Account of plague administration in the Bombay Presidency from September 1896 till May 1897
Year: 1896
Disease focus: Plague
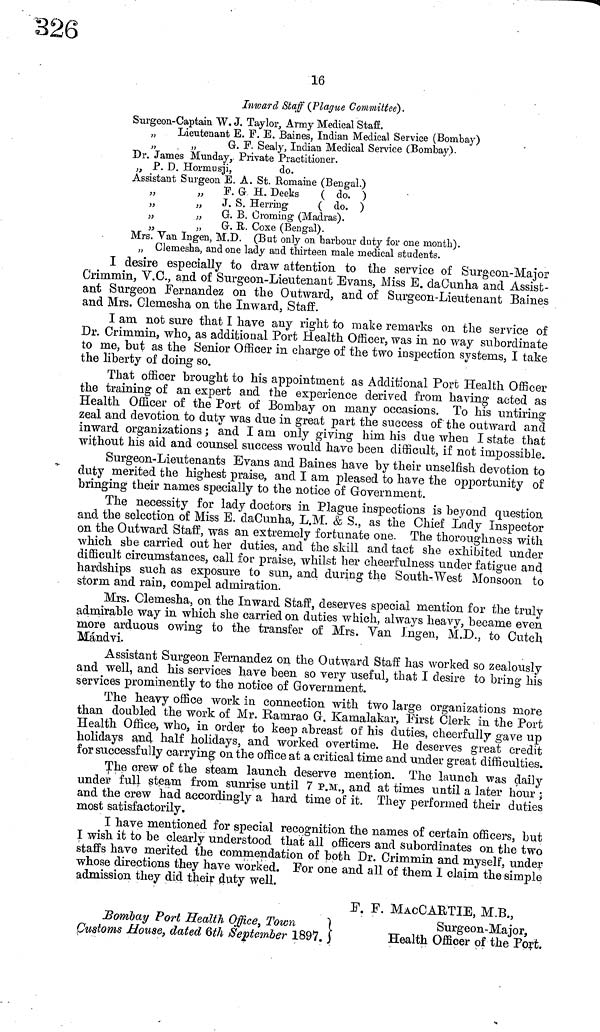
16
Inward Staff (Plague Committee).
Surgeon-Captain W. J. Taylor, Army Medical Staff.
„
Lieutenant E. F. E. Baines, Indian Medical Service (Bombay)
„
„
G. F. Sealy, Indian Medical Service (Bombay).
Dr. James Munday, Private Practitioner.
„ P. D. Hormusji,
do.
Assistant Surgeon E. A. St. Romaine (Bengal.)
„
F. G H. Deeks
( do. )
„
„
J. S. Herring
( do. )
„
„ G. B. Croming (Madras).
„
„
G. R. Coxe (Bengal).
Mrs. Van Ingen, M.D. (But only on harbour duty for one month).
„ Clemesha, and one lady and thirteen male medical students.
I desire especially to draw attention to the service of Surgeon-Major
Crimmin, V.O., and of Surgeon-Lieutenant Evans, Miss E. daCunha and Assist-
ant Surgeon Fernandez on the Outward, and of Surgeon-Lieutenant Baines
and Mrs. Clemesha on the Inward, Staff.
I am not sure that I have any right to make remarks on the service of
Dr. Crimmin, who, as additional Port Health Officer, was in no way subordinate
to me, but as the Senior Officer in charge of the two inspection systems, I take
the liberty of doing so.
That officer brought to his appointment as Additional Port Health Officer
the training of an expert and the experience derived from having acted as
Health Officer of the Port of Bombay on many occasions. To his untiring
zeal and devotion to duty was due in great part the success of the outward and
inward organizations ; and I am only giving him his due when I state that
without his aid and counsel success would have been difficult, if not impossible.
Surgeon-Lieutenants Evans and Baines have by their unselfish devotion to
duty merited the highest praise, and I am pleased to have the opportunity of
bringing their names specially to the notice of Government.
The necessity for lady doctors in Plague inspections is beyond question
and the selection of Miss E. daCunha, L.M. & S., as the Chief Lady Inspector
on the Outward Staff, was an extremely fortunate one. The thoroughness with
which she carried out her duties, and the skill and tact she exhibited under
difficult circumstances, call for praise, whilst her cheerfulness under fatigue and
hardships such as exposure to sun, and during the South-West Monsoon to
storm and rain, compel admiration.
Mrs. Clemesha, on the Inward Staff, deserves special mention for the truly
admirable way in which she carried on duties which, always heavy, became even
more arduous owing to the transfer of Mrs. Yan Ingen, M.D., to dutch
Màndvi.
Assistant Surgeon Fernandez on the Outward Staff has worked so zealously
and well, and his services have been so very useful, that I desire to bring his
services prominently to the notice of Government.
The heavy office work in connection with two large organizations more
than doubled the work of Mr. Ramrao G. Kamalakar, First Clerk in the Port
Health Office, who, in order to keep abreast of his duties, cheerfully gave up
holidays and half holidays, and worked overtime. He deserves great credit
for successfully carrying on the office at a critical time and under great difficulties.
The crew of the steam launch deserve mention. The launch was daily
under full steam from sunrise until 7 P.M., and at times until a later hour ;
and the crew had accordingly a hard time of it. They performed their duties
most satisfactorily,
I have mentioned for special recognition the names of certain officers, but
I wish it to be clearly understood that all officers and subordinates on the two
staffs have merited the commendation of both Dr. Crimmin and myself, under
whose directions they have worked. Por one and all of them I claim the simple
admission they did their duty well.
Bombay Port Health Office, Town
Customs House, dated Qth September 1897.
F. F. MACCARTIE, M.B.,
Surgeon-Major,
Health Officer of the Port.